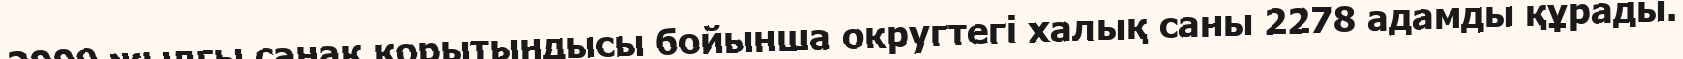
2009 жылғы санақ қорытындысы бойынша округтегі халық саны 2278 адамды құрады.